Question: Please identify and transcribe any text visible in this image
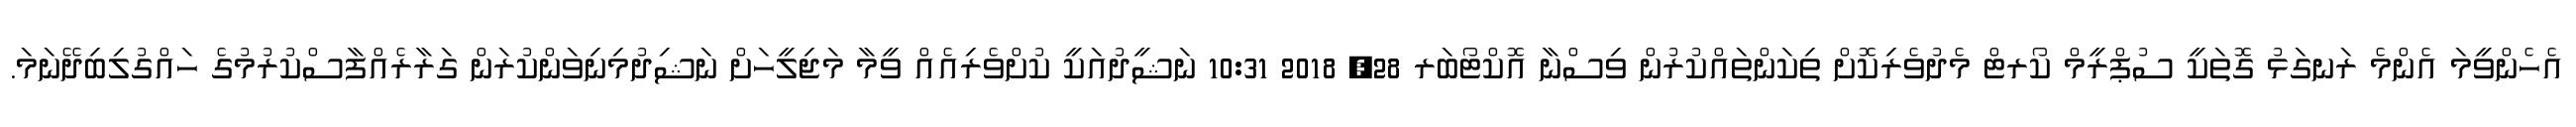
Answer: އެހެންވީމަ އެންމެ ރަނގަޅު ގޮތަކީ ސުޕްރީމް ކޯރޓް މެދުވެރިކޮށް ތިކަންތައްކުރުން ވިސްނާ އޮކްޓޯބަރ 28, 2018 10:31 ނަޝީދުއަކީ ކުށްވެރިއެއް ވީމާ މަޖިލީހަށް ނަޝިދުމިނިވަންކުރަން ގަރާރެއްފާސްކުރުމުގެ ހައްގުލިބިދޭނަމަ.